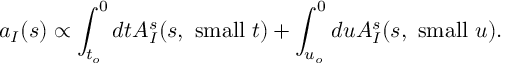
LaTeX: a _ { I } ( s ) \propto \int _ { t _ { o } } ^ { 0 } d t A _ { I } ^ { s } ( s , \ \mathrm { s m a l l } \ t ) + \int _ { u _ { o } } ^ { 0 } d u A _ { I } ^ { s } ( s , \ \mathrm { s m a l l } \ u ) .